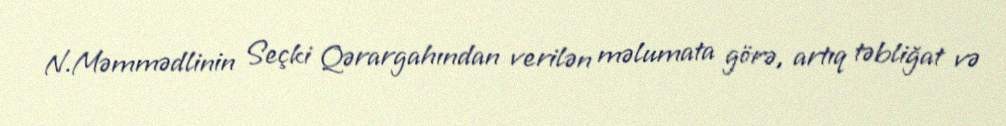
N.Məmmədlinin Seçki Qərargahından verilən məlumata görə, artıq təbliğat və